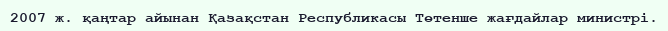
2007 ж. қаңтар айынан Қазақстан Республикасы Төтенше жағдайлар министрі.